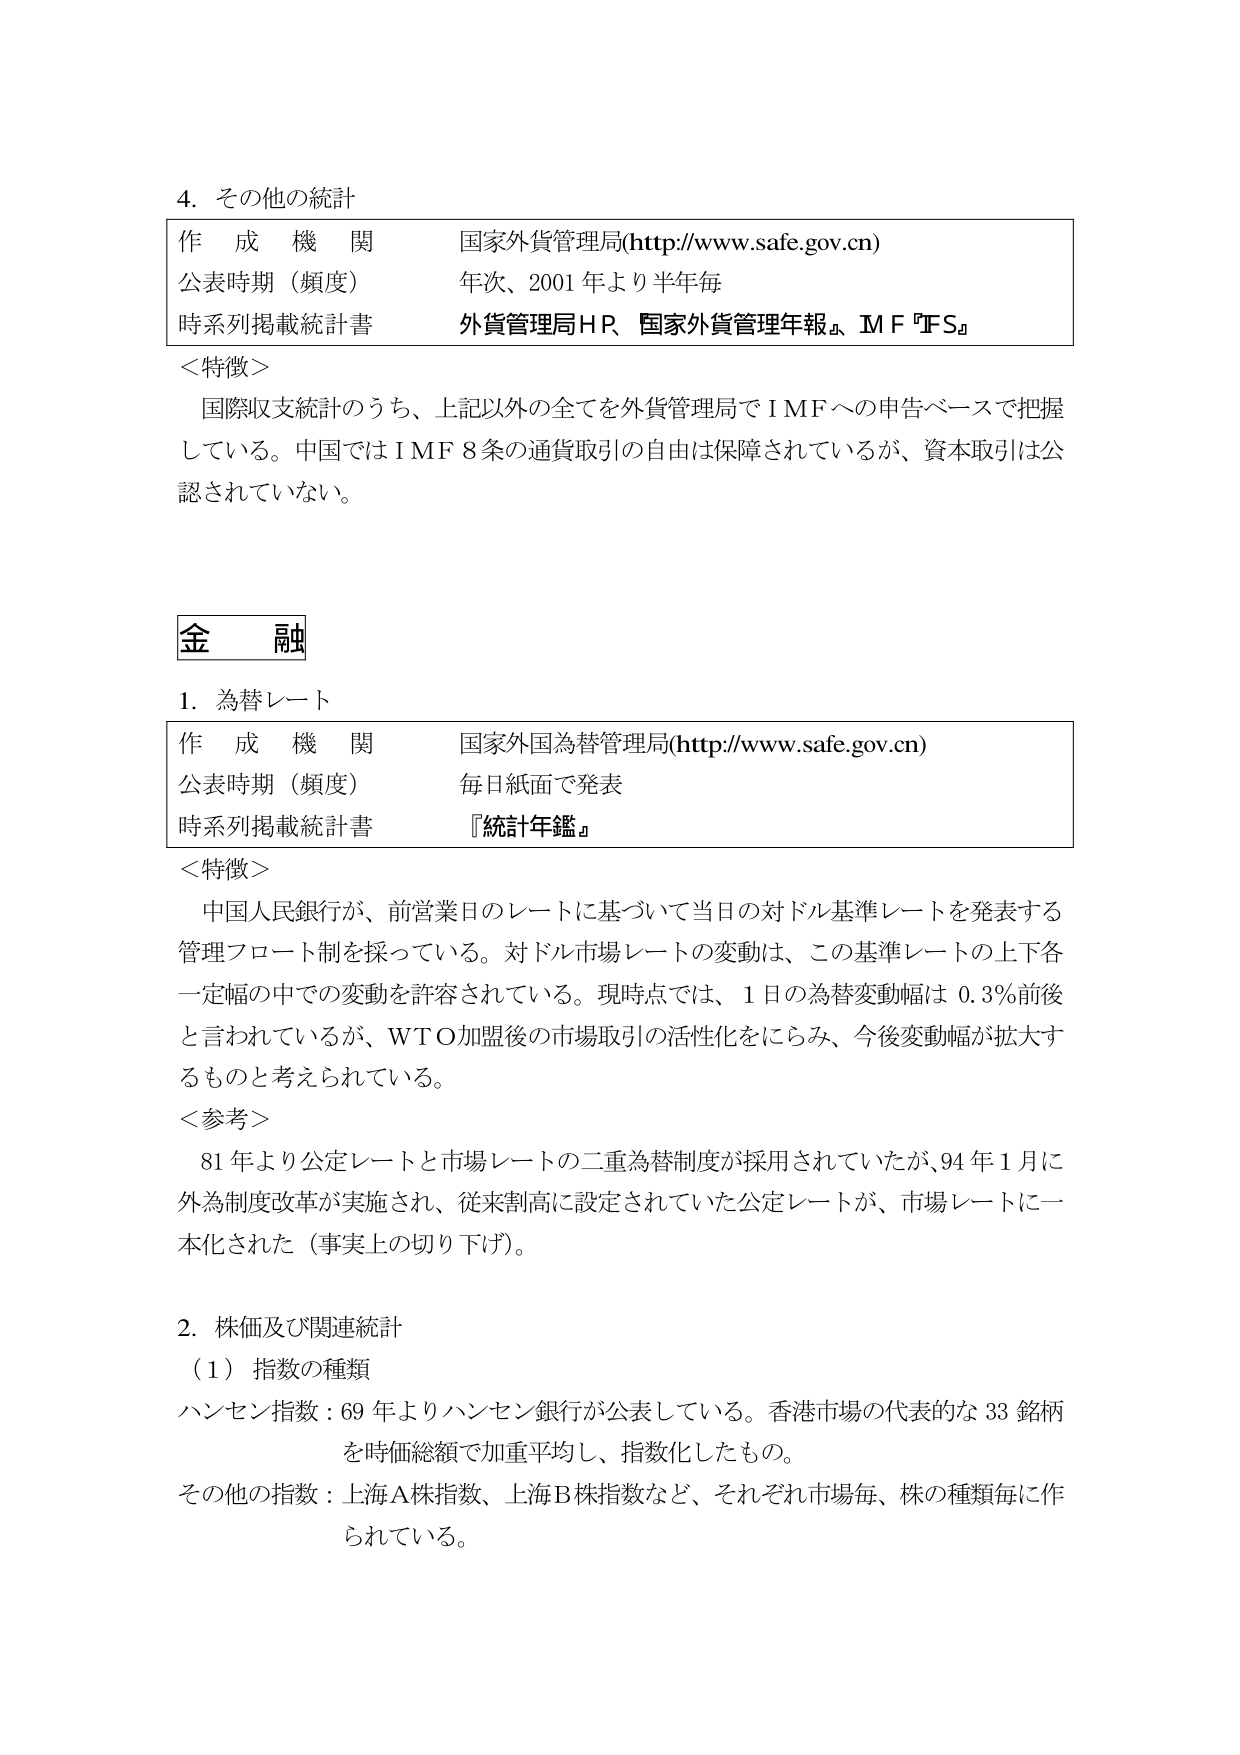
4. その他の統計
作成機関 国家外貨管理局(http://www.safe.gov.cn)
公表時期（頻度） 年次、2001年より半年毎
時系列掲載統計書 外貨管理局HP、『国家外貨管理年報』、MF『FS』

＜特徴＞
国際収支統計のうち、上記以外の全てを外貨管理局でIMFへの申告ベースで把握している。中国ではIMF 8条の通貨取引の自由は保障されているが、資本取引は公認されていない。

金融
1. 為替レート
作成機関 国家外国為替管理局(http://www.safe.gov.cn)
公表時期（頻度） 毎日紙面で発表
時系列掲載統計書 『統計年鑑』

＜特徴＞
中国人民銀行が、前営業日のレートに基づいて当日の対ドル基準レートを発表する管理フロート制を採っている。対ドル市場レートの変動は、この基準レートの上下各一定幅の中での変動を許容されている。現時点では、1日の為替変動幅は0.3％前後と言われているが、WTO加盟後の市場取引の活性化をにらみ、今後変動幅が拡大するものと考えられている。

＜参考＞
81年より公定レートと市場レートの二重為替制度が採用されていたが、94年1月に外為制度改革が実施され、従来割高に設定されていた公定レートが、市場レートに一本化された（事実上の切り下げ）。

2. 株価及び関連統計
（1）指数の種類
ハンセン指数：69年よりハンセン銀行が公表している。香港市場の代表的な33銘柄を時価総額で加重平均し、指数化したもの。
その他の指数：上海A株指数、上海B株指数など、それぞれ市場毎、株の種類毎に作られている。